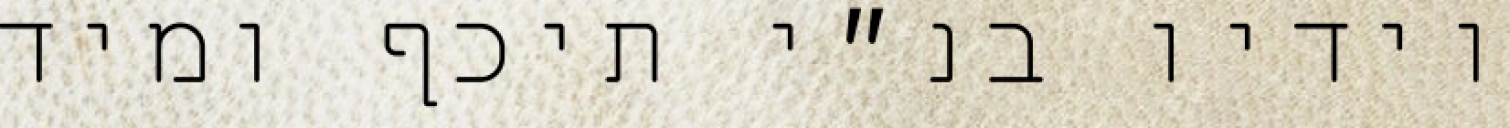
וידיו בנ״י תיכף ומיד